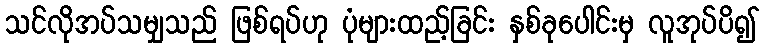
သင်လိုအပ်သမျှသည် ဖြစ်ရပ်ဟု ပုံများထည့်ခြင်း နှစ်ခုပေါင်းမှ လူအုပ်ပိ၍